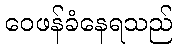
ဝေဖန်ခံနေရသည်